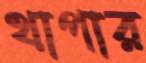
থাপার